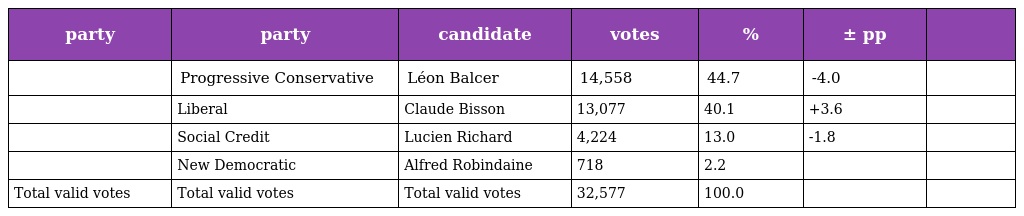
| party | party | candidate | votes | % | ± pp |  |
 | --- | --- | --- | --- | --- | --- | --- |
 |  | Progressive Conservative | Léon Balcer | 14,558 | 44.7 | -4.0 |  |
 |  | Liberal | Claude Bisson | 13,077 | 40.1 | +3.6 |  |
 |  | Social Credit | Lucien Richard | 4,224 | 13.0 | -1.8 |  |
 |  | New Democratic | Alfred Robindaine | 718 | 2.2 |  |  |
 | Total valid votes | Total valid votes | Total valid votes | 32,577 | 100.0 |  |  |